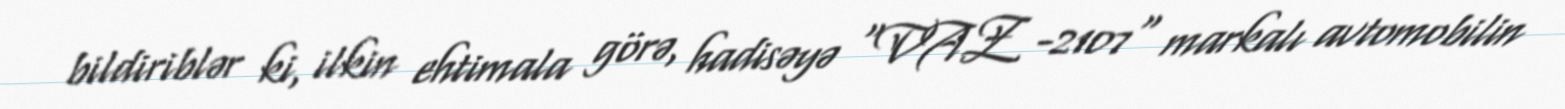
bildiriblər ki, ilkin ehtimala görə, hadisəyə "VAZ -2107" markalı avtomobilin